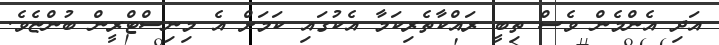
އަދި އެންމެން ވެސް ތިބީ ރައްކާތެރިކަމާ އެކުގައި ކަމަށް އެ މިނިސްޓްރީން ބުންޏެވެ.